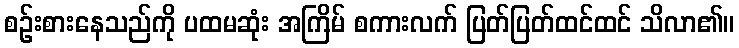
စဉ်းစားနေသည်ကို ပထမဆုံး အကြိမ် စကားလက် ပြတ်ပြတ်ထင်ထင် သိလာ၏။